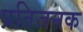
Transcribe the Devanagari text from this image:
प्रतिजनक